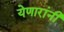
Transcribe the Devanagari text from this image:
येणारांनी